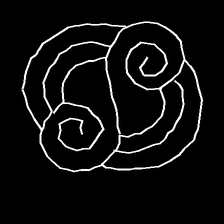
Glyph: wind-underfoot